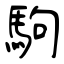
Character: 駒